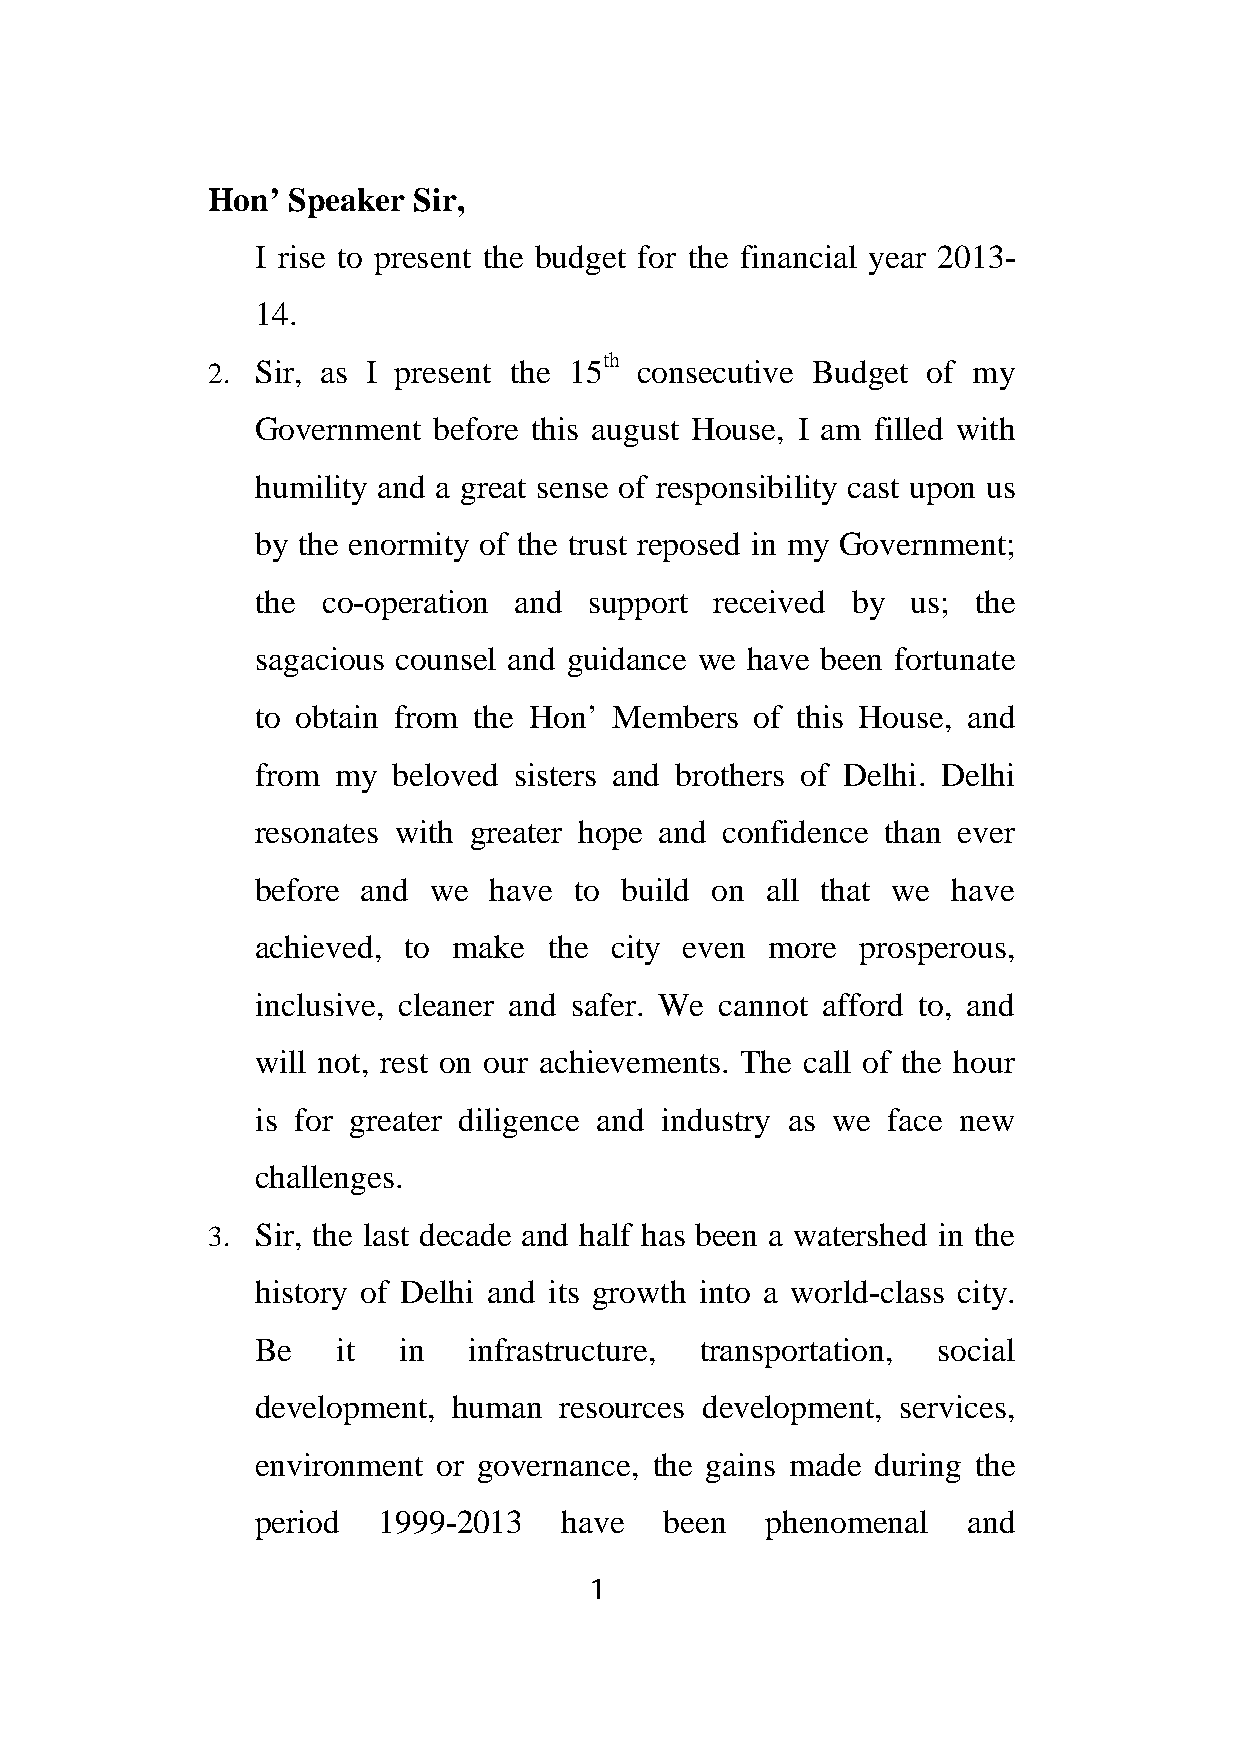
Hon’ Speaker Sir,
 I rise to present the budget for the financial year 2013-
 14.
 th
 2. Sir, as I present the 15 consecutive Budget of my
 Government  before this august House, I am filled with
 humility and a great sense of responsibility cast upon us
 by the enormity of the trust reposed in my Government;
 the co-operation and  support received by  us;  the
 sagacious counsel and guidance we have been fortunate
 to obtain from the Hon’ Members  of this House, and
 from my  beloved sisters and brothers of Delhi. Delhi
 resonates with greater hope and confidence than ever
 before and  we have  to build on  all that we have
 achieved, to make  the city even  more  prosperous,
 inclusive, cleaner and safer. We cannot afford to, and
 will not, rest on our achievements. The call of the hour
 is for greater diligence and industry as we face new
 challenges.
 3. Sir, the last decade and half has been a watershed in the
 history of Delhi and its growth into a world-class city.
 Be   it  in   infrastructure, transportation, social
 development, human  resources development, services,
 environment or governance, the gains made during the
 period  1999-2013   have   been   phenomenal   and
 1